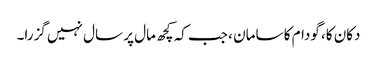
دکان کا، گودام کا سامان ، جب کہ کچھ مال پر سال نہیں گزرا۔